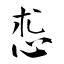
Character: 怷